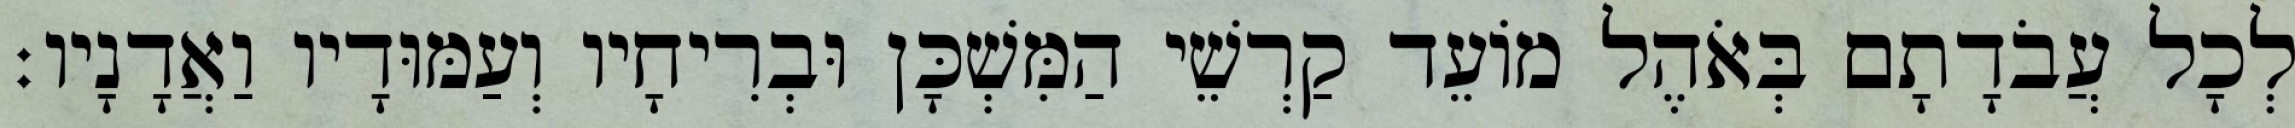
לְכָל עֲבֹדָתָם בְּאֹהֶל מוֹעֵד קַרְשֵׁי הַמִּשְׁכָּן וּבְרִיחָיו וְעַמּוּדָיו וַאֲדָנָיו׃